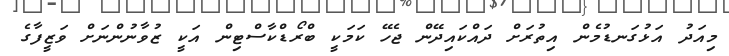
މިއަދު އަޅުގަނޑުމެން އިތުރަށް ދައްކައިދޭން ޖެހޭ ކަމަކީ ބްރޯޑްކާސްޓިން އަކީ ޒުވާނުންނަށް ވަޒީފާގެ